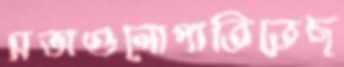
সভাগুলোপাতিতেছ